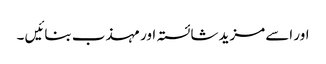
اور اسے مزید شائستہ اور مہذب بنائیں ۔